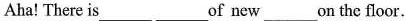
Aha！There is___ ___of new___on the floor.